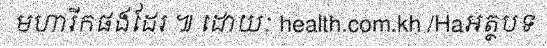
មហារីកផងដែរ ៕ ដោយៈ health.com.kh /Haអត្ថបទ